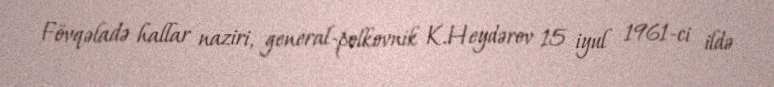
Fövqəladə hallar naziri, general-polkovnik K.Heydərov 15 iyul 1961-ci ildə